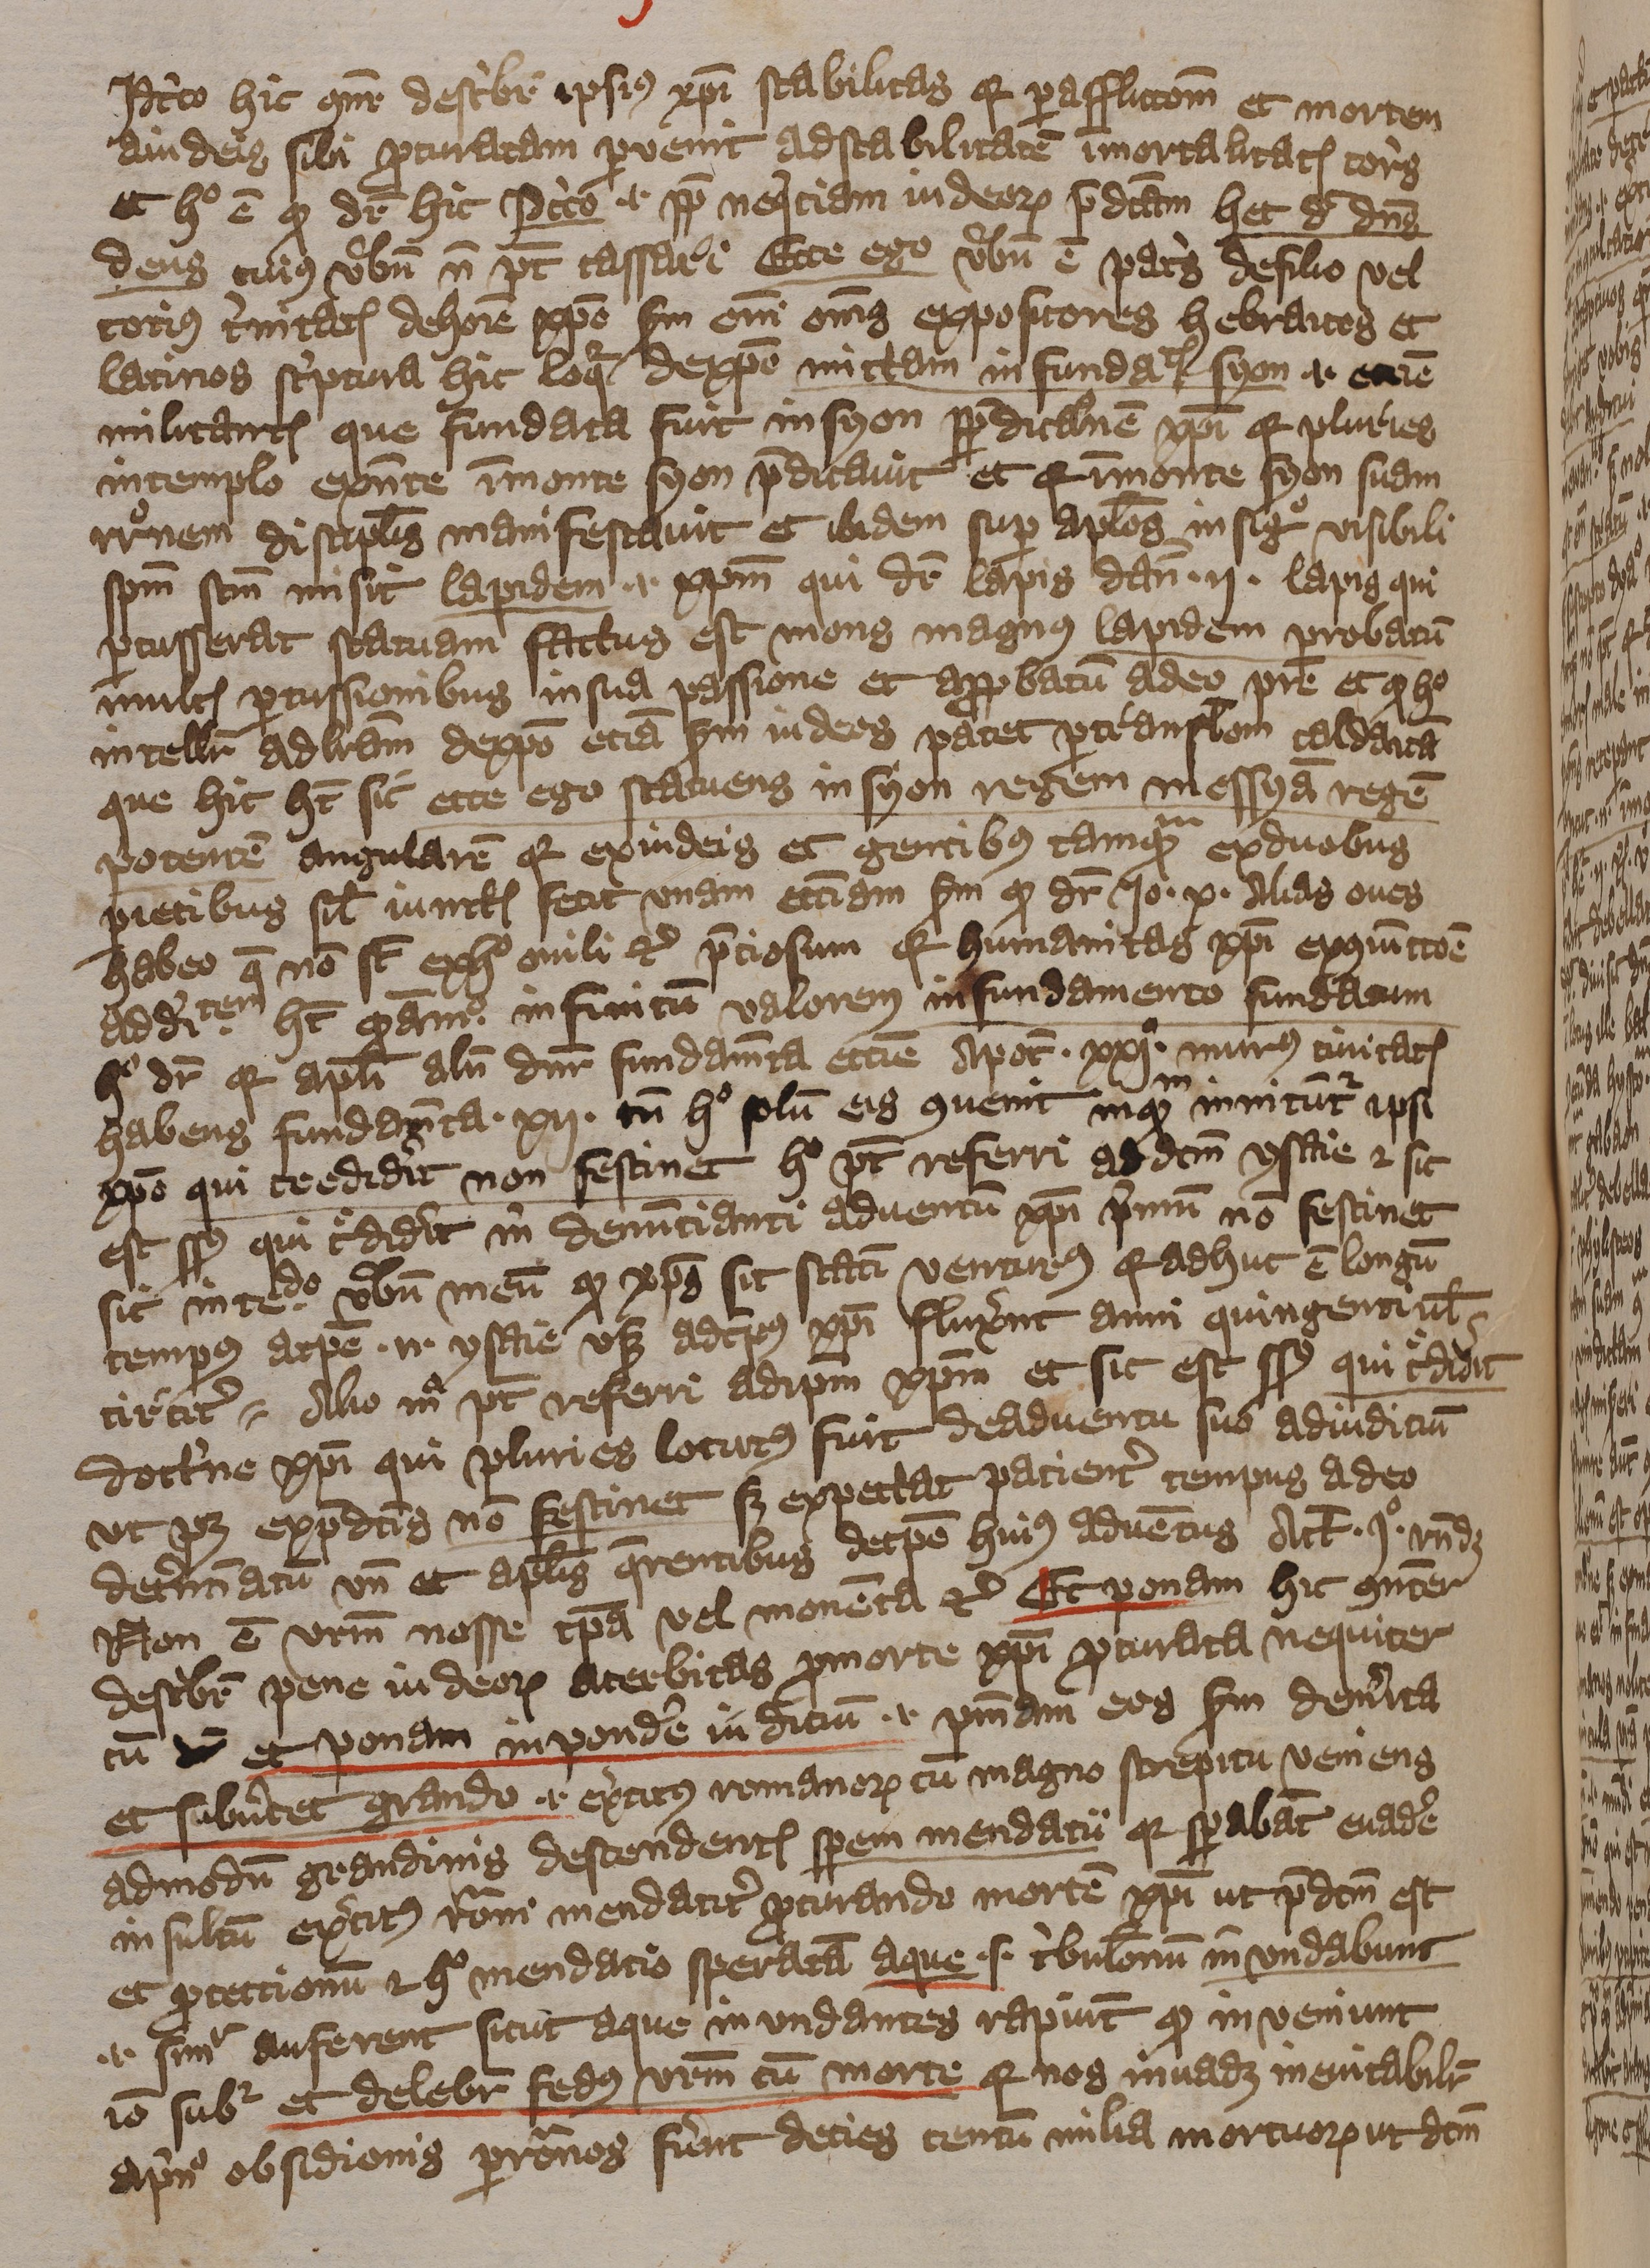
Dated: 1393–1396